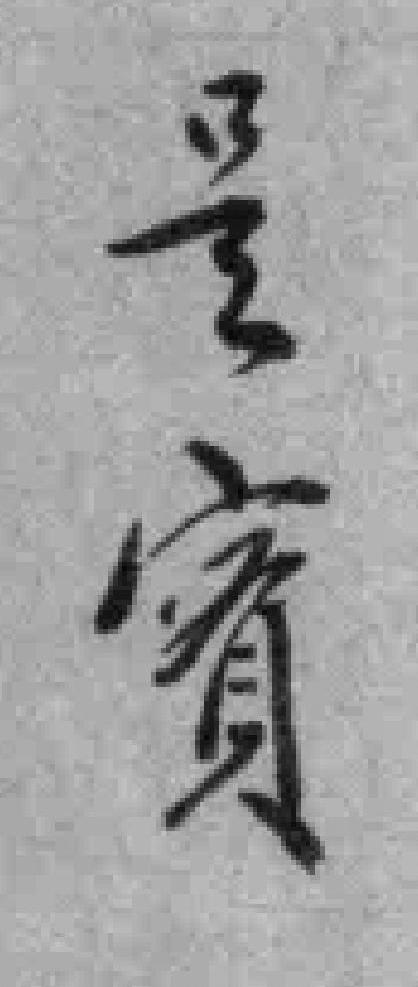
是實